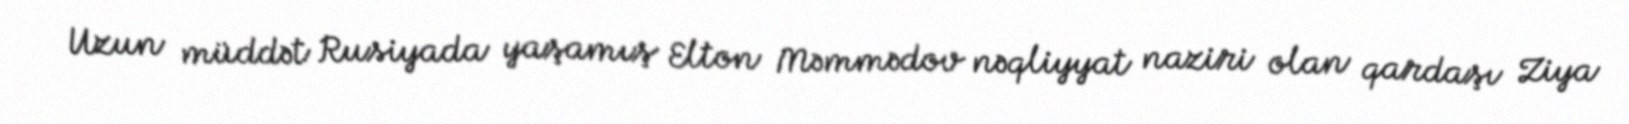
Uzun müddət Rusiyada yaşamış Elton Məmmədov nəqliyyat naziri olan qardaşı Ziya